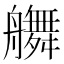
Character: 䒉